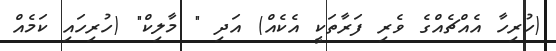
(ހުރިހާ އެއްޗެއްގެ ވެރި ފަރާތަކީ އެކެއް) އަދި " މާލިކް" (ހުރިހައި ކަމެއް